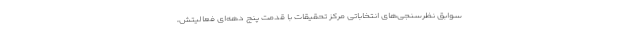
سوابق نظرسنجی‌های انتخاباتی مرکز تحقیقات با قدمت پنج دهه‌ای فعالیتش،